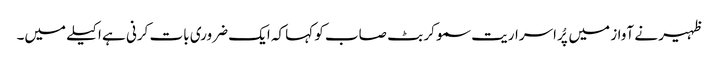
ظہیر نے آواز میں پُراسراریت سمو کر بٹ صاب کو کہا کہ ایک ضروری بات کرنی ہے اکیلے میں۔